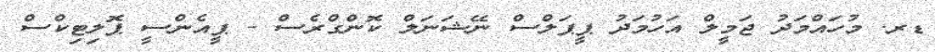
ޑރ. މުހައްމަދު ޖަމީލް އަހުމަދު ޕީޕަލްސް ނޭޝަނަލް ކޮންގްރެސް - ޕީއެންސީ ޕޮލިޓިކްސް